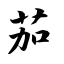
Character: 茄